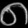
Digit: ၈